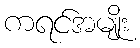
ကရင်အမျိုး